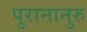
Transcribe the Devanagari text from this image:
पुरानानुरु